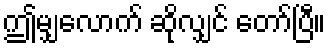
ဤမျှလောက် ဆိုလျှင် တော်ပြီ။